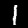
Digit: 1